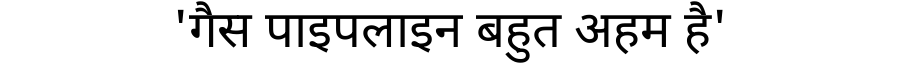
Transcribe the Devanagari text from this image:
'गैस पाइपलाइन बहुत अहम है'